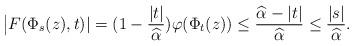
LaTeX: \begin{align*} \bigl|F(\Phi_s(z),t)| = (1-\frac{|t|}{\widehat\alpha})\varphi(\Phi_{t}(z)) \le \frac{\widehat \alpha - |t|}{\widehat\alpha} \le \frac{|s|}{\widehat\alpha}. \end{align*}